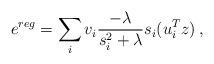
LaTeX: \begin{align*}e^{reg} = \sum_i v_i \frac{-\lambda}{s_i^2 + \lambda} s_i (u_i ^T z)\,,\end{align*}